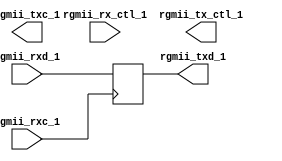
`timescale 1ns / 1ps
//////////////////////////////////////////////////////////////////////////////////
// Company: 
// Engineer: 
// 
// Design Name: 
// Module Name:    repeaterhub 
// Project Name: 
// Target Devices: 
// Tool versions: 
// Description: 
//
// Dependencies: 
//
// Revision: 
// Revision 0.01 - File Created
// Additional Comments: 
//
//////////////////////////////////////////////////////////////////////////////////
module repeaterhub(
	input  [3:0] rgmii_rxd_1,
	input        rgmii_rxc_1,
	input        rgmii_rx_ctl_1,
	output [3:0] rgmii_txd_1,
	output       rgmii_txc_1,
	output       rgmii_tx_ctl_1
    );
	 
	 reg [3:0] data1;
	 
	 always @(posedge rgmii_rxc_1) begin
		data1 <= rgmii_rxd_1;
	 end
	 
	 assign rgmii_txd_1 = data1;


endmodule